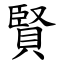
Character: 賢